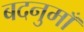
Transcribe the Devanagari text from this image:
बदनुमाँ